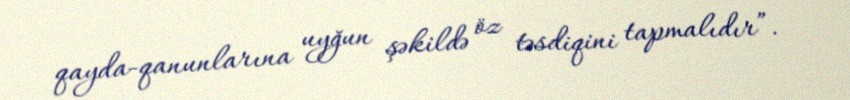
qayda-qanunlarına uyğun şəkildə öz təsdiqini tapmalıdır”.